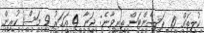
ކުލިތައް 10 ޕަސެންޓަށް ތިރިވާނެ: ޖަނާ 4 އަހަރު 9 މަސް ކުރިން